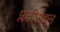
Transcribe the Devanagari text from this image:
प्लेटीराइन